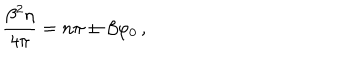
LaTeX: \frac { \beta ^ { 2 } \eta } { 4 \pi } = n \pi \pm \beta \varphi _ { 0 } \, ,